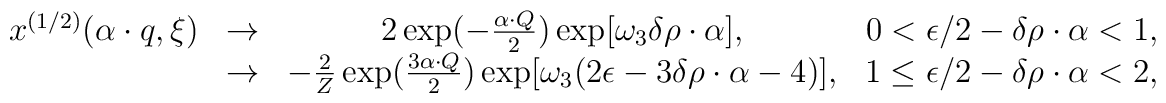
\begin{array}{cccr}      x^{(1/2)}(\alpha\cdot q,\xi)&\rightarrow&2\exp(-{{\alpha\cdot      Q}\over{2}})\exp[\omega_3\delta      \rho\cdot\alpha],&      0<\epsilon/2 -\delta \rho\cdot\alpha<1,\\      &\rightarrow &-{2\over{Z}}\exp({3{\alpha\cdot      Q}\over{2}})\exp[\omega_3(2\epsilon-3\delta\rho\cdot\alpha-4)],&      1\leq\epsilon/ 2 -\delta \rho\cdot\alpha<2,   \end{array}